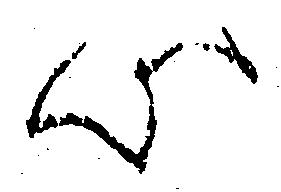
心